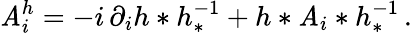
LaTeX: \mathit{A}_{i}^{h}=-i\, \partial_{i}h*h_{*}^{-1}+h*\mathit{A}_{i}*h_{*}^{-1}\, .